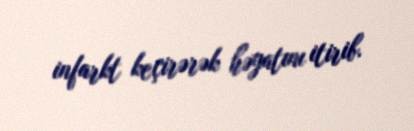
infarkt keçirərək həyatını itirib.